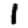
Digit: 1